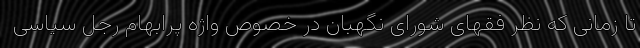
تا زمانی که نظر فقهای شورای نگهبان در خصوص واژه پرابهام رجل سیاسی